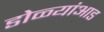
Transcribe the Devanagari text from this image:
डोळ्यांआड